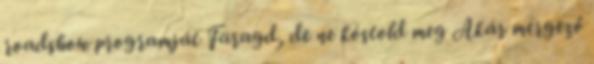
roadshow programját Faragd, de ne kóstold meg Akár mérgező